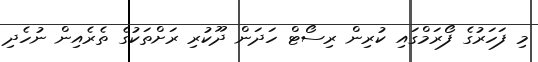
މި ފަހަރުގެ ފޯރަމްގައި ކުރިން ރިސޯޓް ހަދަން ދޫކުރި ރަށްތަކުގެ ތެރެއިން ނުހެދި